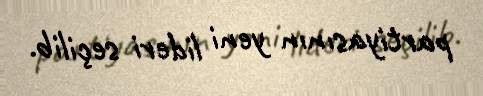
partiyasının yeni lideri seçilib.